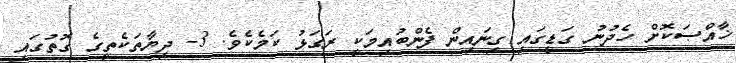
ޚާއްޞަކޮށް ހެދުނު ގަޑީގައި ގިނައިން ފެންބުއިމަކީ ރަގަޅު ކަމެކެވެ. 3- ދިޔާތަކެތީގެ ގޮތުގައި